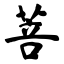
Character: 菩